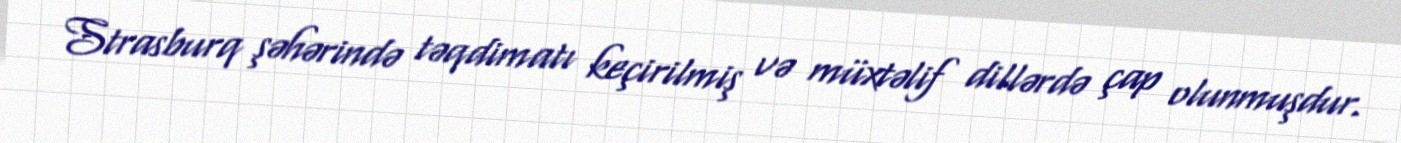
Strasburq şəhərində təqdimatı keçirilmiş və müxtəlif dillərdə çap olunmuşdur.